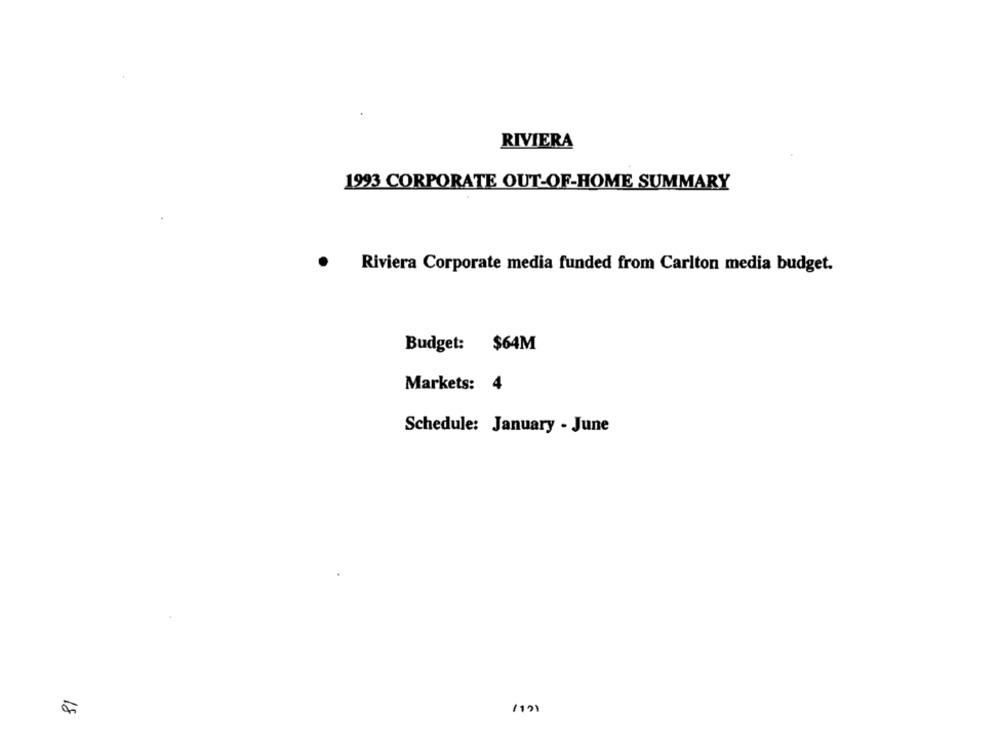
RIVIERA
1993 CORPORATE OUT-OF-HOME SUMMARY
Riviera Corporate media funded from Carlton media budget.
Budget: $64M
Markets: 4
Schedule: January - June
18
1121